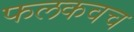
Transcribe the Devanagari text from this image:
फलकवच